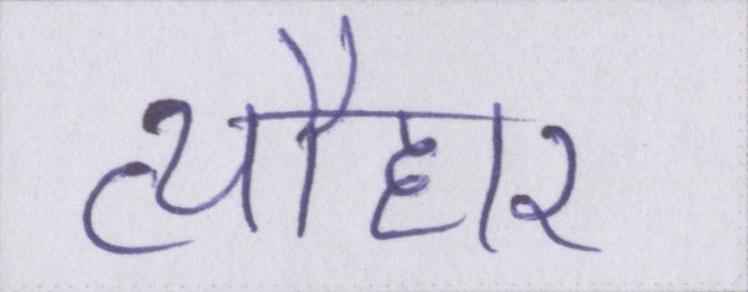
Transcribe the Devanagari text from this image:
त्यौहार